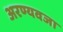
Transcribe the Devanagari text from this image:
अरण्यवजा